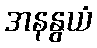
အနနွယံ